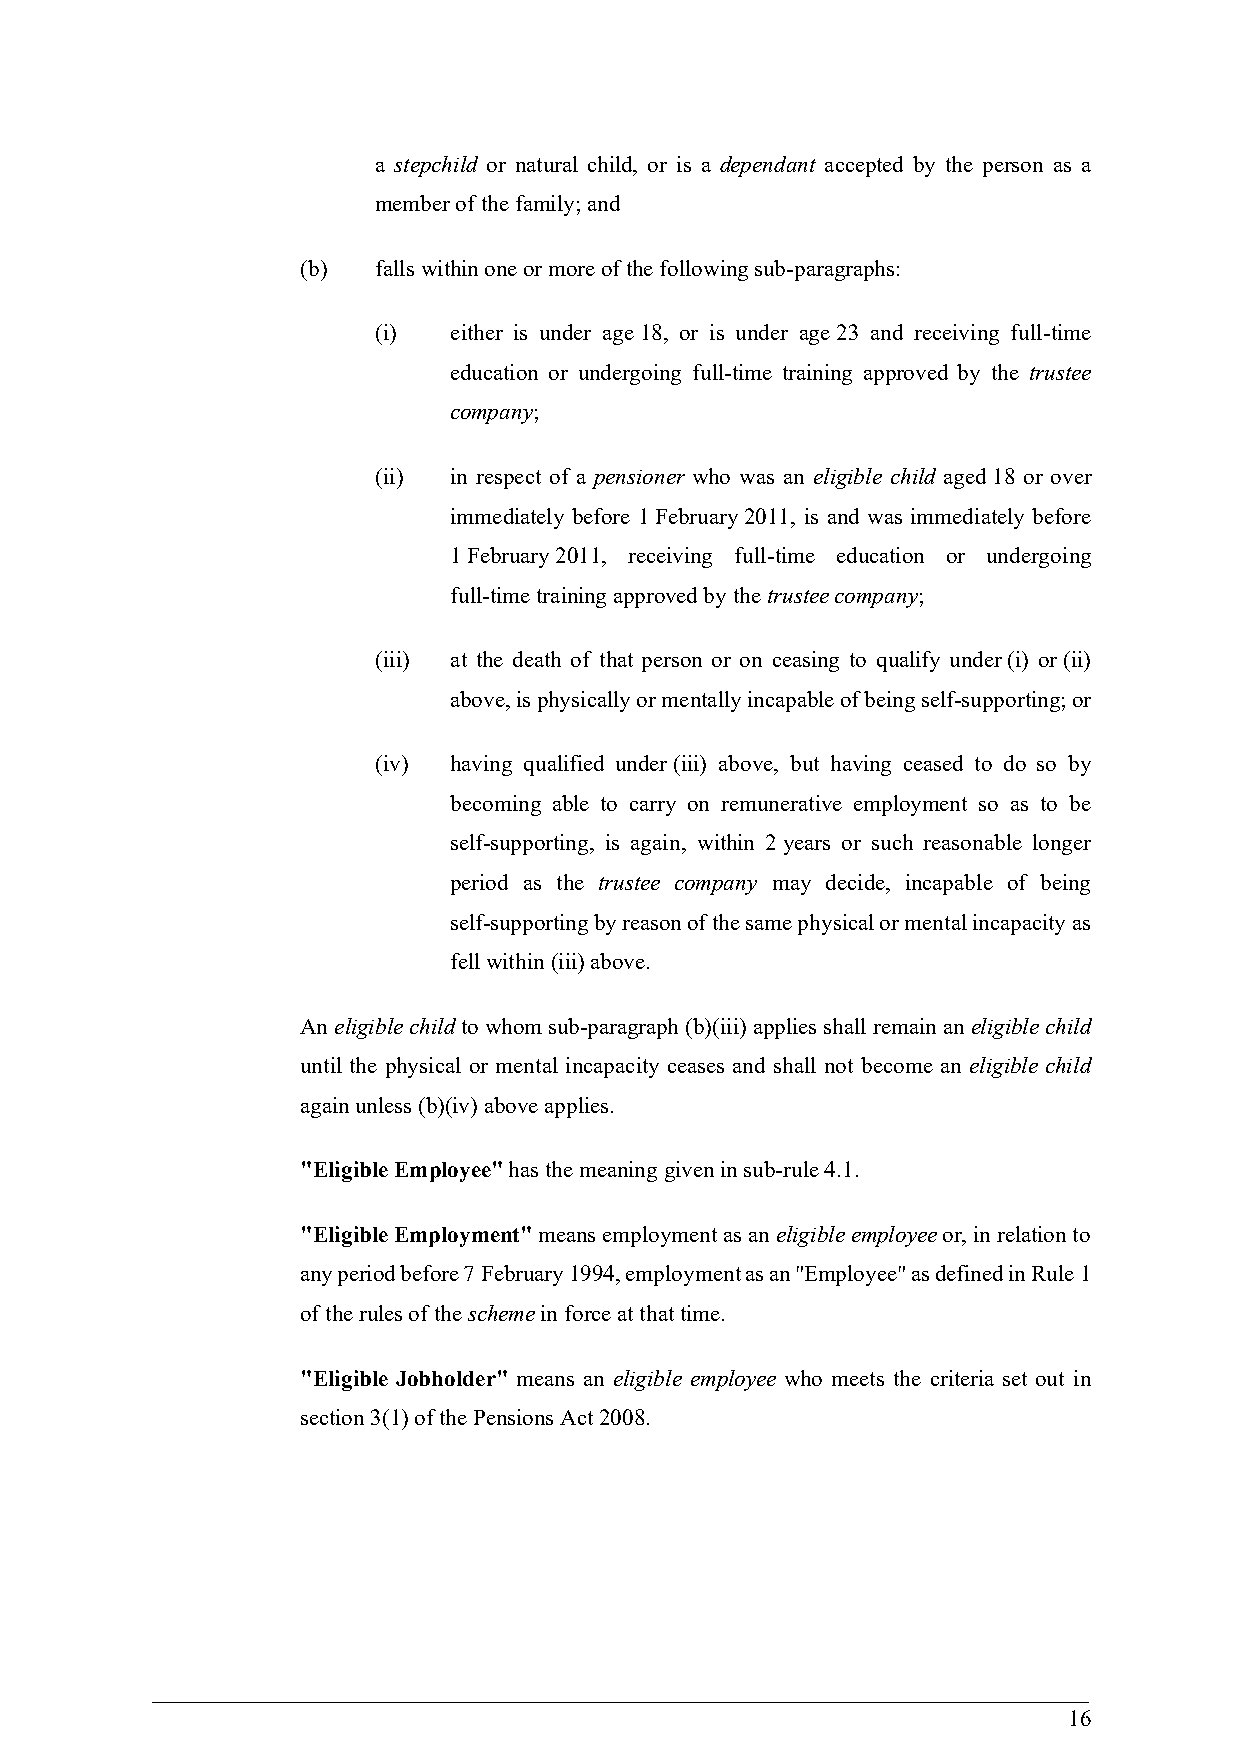
a stepchild or natural child, or is a dependant accepted by the person as a
 member of the family; and
 (b)  falls within one or more of the following sub-paragraphs:
 (i)  either is under age 18, or is under age 23 and receiving full-time
 education or undergoing full-time training approved by the trustee
 company;
 (ii) in respect of a pensioner who was an eligible child aged 18 or over
 immediately before 1 February 2011, is and was immediately before
 1 February 2011, receiving full-time education or undergoing
 full-time training approved by the trustee company;
 (iii) at the death of that person or on ceasing to qualify under (i) or (ii)
 above, is physically or mentally incapable of being self-supporting; or
 (iv) having qualified under (iii) above, but having ceased to do so by
 becoming able to carry on remunerative employment so as to be
 self-supporting, is again, within 2 years or such reasonable longer
 period as the trustee company may decide, incapable of being
 self-supporting by reason of the same physical or mental incapacity as
 fell within (iii) above.
 An eligible child to whom sub-paragraph (b)(iii) applies shall remain an eligible child
 until the physical or mental incapacity ceases and shall not become an eligible child
 again unless (b)(iv) above applies.
 "Eligible Employee" has the meaning given in sub-rule 4.1.
 "Eligible Employment" means employment as an eligible employee or, in relation to
 any period before 7 February 1994, employment as an "Employee" as defined in Rule 1
 of the rules of the scheme in force at that time.
 "Eligible Jobholder" means an eligible employee who meets the criteria set out in
 section 3(1) of the Pensions Act 2008.
 16